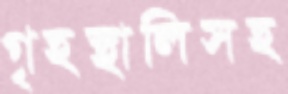
গৃহস্থালিসহ